Report of the Municipal Commissioner on the plague in Bombay for the year ending 31st May... - Volume 3
Disease focus: Plague
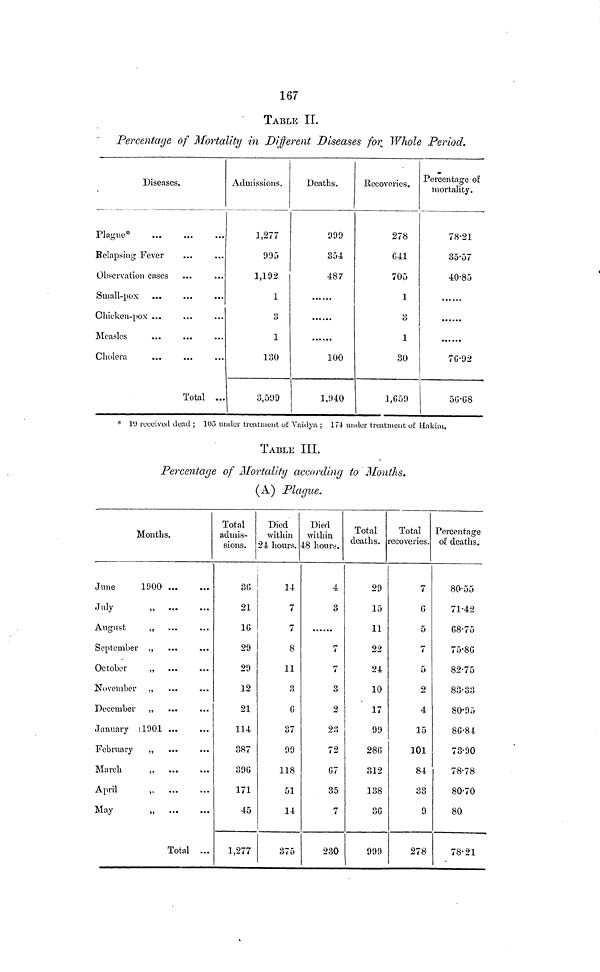
167
TABLE II.
Percentage of Mortality in Different Diseases for Whole Period.
Diseases,
Plague*
Relapsing Fever
Observation cases
Small-pox
Chicken-pox
Measles
Cholera
Total ...
Admissions.
1,277
995
1,192
1
3
1
130
3,599
Deaths.
999
354
487
100
1,940
Recoveries.
278
G41
705
1
3
1
30
1,659
Percentage of
mortality.
78·21
35·57
40·85
76·92
56·68
* 19 received dead ; 105 under treatment of Vaidya ; 174 under treatment of Hakim.
TABLE III.
Percentage of Mortality according to Months.
(A) Plague.
Months.
June
1900
July
„
August
September ,,
October
„
November ,,
December „
January
1901
February
„
March
,
April
,.
May
„
Total ...
Total
admis-
sions.
36
ob
21
16
29
29
12
21
114
387
39 G
171
45
1,277
Died
within
24 hours.
14
7
7
8
11
3
G
37
99
118
51
14
375
Died
within
48 hours.
4
3
7
7
3
2
23
72
G7
35
7
230
Total
deaths.
29
15
11
22
24
10
17
99
28G
312
138
3G
999
Total
recoveries.
7
G
5
7
5
2
4
15
101
84
33
9
278
Percentage
of deaths.
80·55
71·42
68·75
75·86
82·75
8 3·33
83·33
80·95
86·84
73·90
78·78
80·70
80
78·21